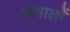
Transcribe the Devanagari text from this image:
कमालों